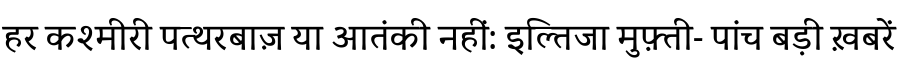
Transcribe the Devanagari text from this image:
हर कश्मीरी पत्थरबाज़ या आतंकी नहीं: इल्तिजा मुफ़्ती- पांच बड़ी ख़बरें